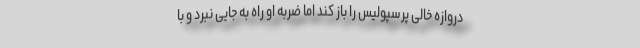
دروازه خالی پرسپولیس را باز کند اما ضربه او راه به جایی نبرد و با